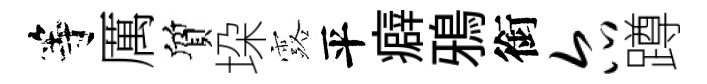
等厲質垜露平癖鴉銜尔蹲